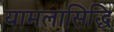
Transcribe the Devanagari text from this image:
यामलासिद्धि